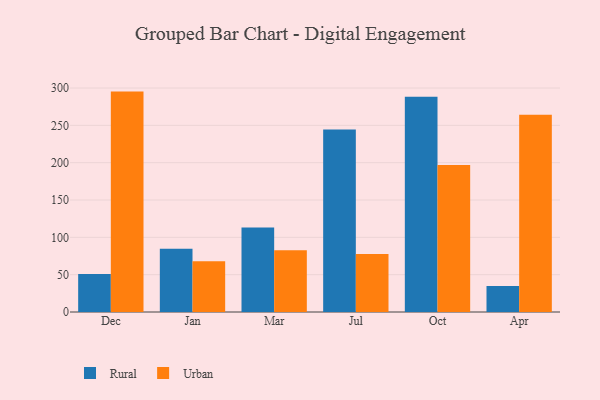
{"axis": {"x": "Month", "y": "Production Output"}, "legend": ["Rural", "Urban"], "data": [{"x": "Dec", "y": 51.0, "type": "Rural"}, {"x": "Dec", "y": 295.2, "type": "Urban"}, {"x": "Jan", "y": 84.8, "type": "Rural"}, {"x": "Jan", "y": 68.1, "type": "Urban"}, {"x": "Mar", "y": 113.2, "type": "Rural"}, {"x": "Mar", "y": 82.7, "type": "Urban"}, {"x": "Jul", "y": 244.3, "type": "Rural"}, {"x": "Jul", "y": 77.8, "type": "Urban"}, {"x": "Oct", "y": 288.3, "type": "Rural"}, {"x": "Oct", "y": 196.8, "type": "Urban"}, {"x": "Apr", "y": 34.9, "type": "Rural"}, {"x": "Apr", "y": 264.1, "type": "Urban"}]}